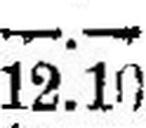
12.10